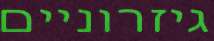
גיזרוניים